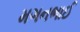
મગનભાઈ